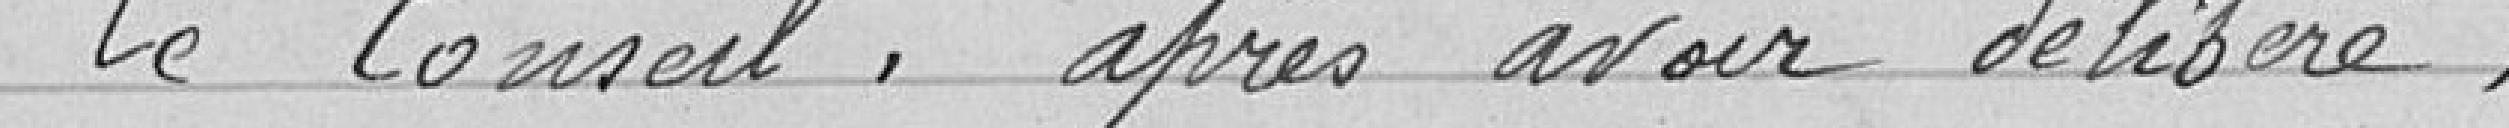
Le Conseil, après en avoir délibéré,